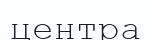
центра